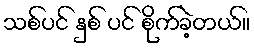
သစ်ပင် နှစ် ပင် စိုက်ခဲ့တယ်။